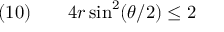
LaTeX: \quad ( 1 0 ) \qquad 4 r \sin ^ { 2 } ( \theta / 2 ) \leq 2